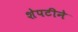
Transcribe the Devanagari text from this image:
शेपटीने